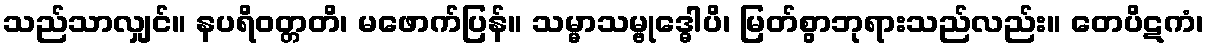
သည်သာလျှင်။ နပရိဝတ္တတိ၊ မဖောက်ပြန်။ သမ္မာသမ္ဗုဒ္ဓေါပိ၊ မြတ်စွာဘုရားသည်လည်း။ တေပိဋကံ၊